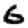
Digit: 6